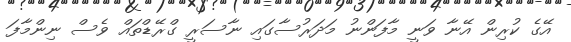
އޭގެ ކުރިން އޭނާ ވަނީ މާފަންނު މަދަރުސާގައި ނާސަރީ ގްރޭޑްތައް ވެސް ނިންމާފަ